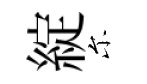
綻尓